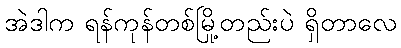
အဲဒါက ရန်ကုန်တစ်မြို့တည်းပဲ ရှိတာလေ